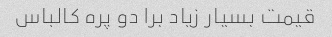
قیمت بسیار زیاد برا دو پره کالباس